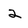
Character: 2